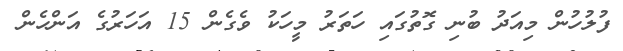
ފުލުހުން މިއަދު ބުނި ގޮތުގައި ހަތަރު މީހަކު ވެގެން 15 އަހަރުގެ އަންހެން